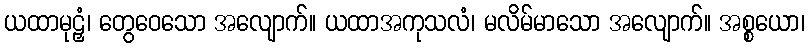
ယထာမုဠှံ၊ တွေဝေသော အလျောက်။ ယထာအကုသလံ၊ မလိမ်မာသော အလျောက်။ အစ္စယော၊